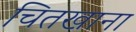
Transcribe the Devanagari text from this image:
चितखाना